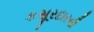
કસૂરદારની